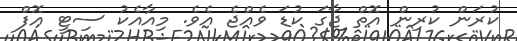
ކުރަން ކުރިން އޮތް ޖާގަ ކުޑަ ވެއްޖެ އެވެ. މިއާއެކު ސިޓީ އޮފް